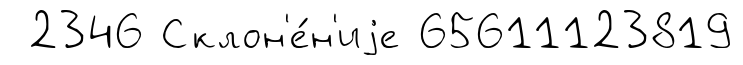
2346 Склон'е́н'иjе 65611123819